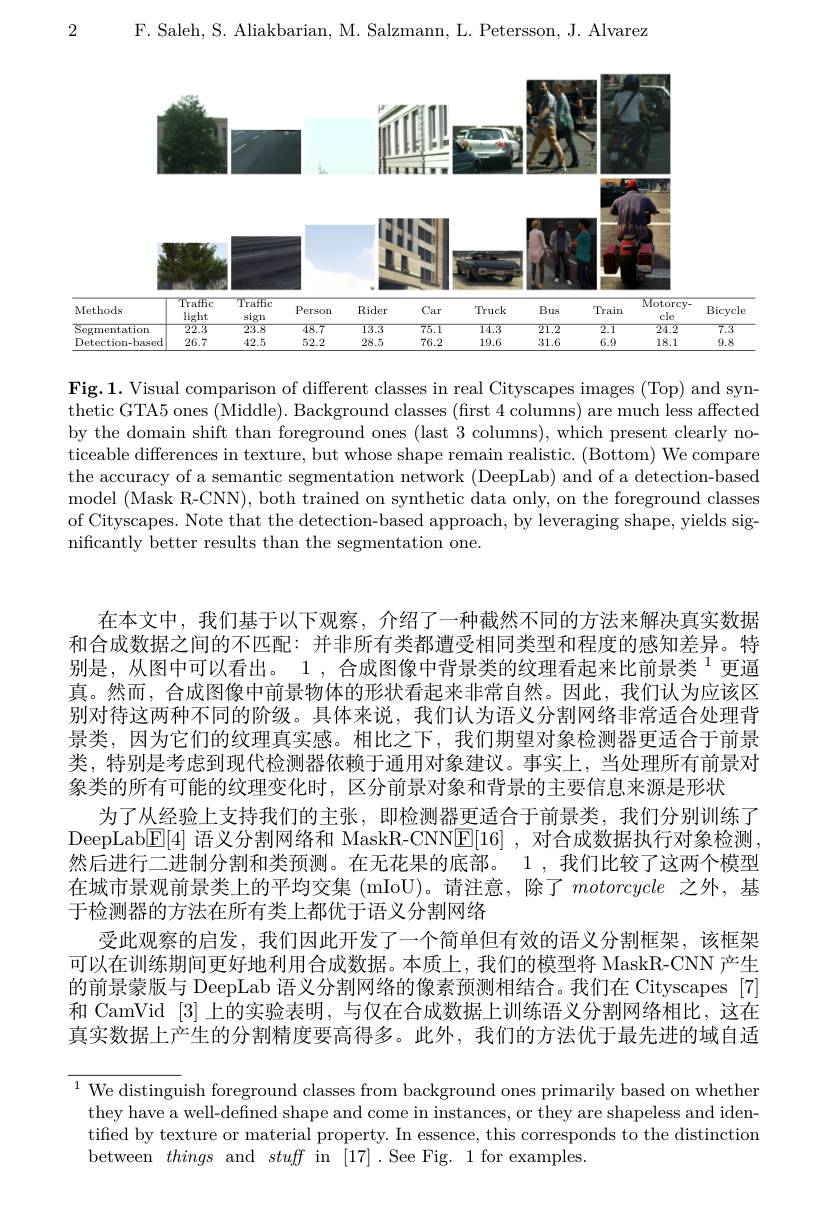
F. Saleh, S. Aliakbarian, M. Salzmann, L. Petersson, J. Alvarez

2

<FigureHere>
Segm
$\overline{7.3}$ 9.8

Fig.1. Visual comparison of different classes in real Cityscapes images (Top) and synthetic GTA5 ones (Middle). Background classes (first 4 columns) are much less affected by the domain shift than foreground ones (last 3 columns), which present clearly noticeable differences in texture, but whose shape remain realistic. (Bottom) We compare the accuracy of a semantic segmentation network (DeepLab) and of a detection-based model (Mask R-CNN), both trained on synthetic data only, on the foreground classes of Cityscapes. Note that the detection-based approach, by leveraging shape, yields significantly better results than the segmentation one.

在本文中，我们基于以下观察，介绍了一种截然不同的方法来解决真实数据和合成数据之间的不匹配：并非所有类都遭受相同类型和程度的感知差异。特别是，从图中可以看出。1 , 合成图像中背景类的纹理看起来比前景类$^{1}$更逼真。然而，合成图像中前景物体的形状看起来非常自然。因此，我们认为应该区别对待这两种不同的阶级。具体来说，我们认为语义分割网络非常适合处理背景类，因为它们的纹理真实感。相比之下，我们期望对象检测器更适合于前景类，特别是考虑到现代检测器依赖于通用对象建议。事实上，当处理所有前景对象类的所有可能的纹理变化时，区分前景对象和背景的主要信息来源是形状
为了从经验上支持我们的主张，即检测器更适合于前景类，我们分别训练了DeepLab$\boxed{\mathrm{F}[4]\text{ 语义分割网络和 MaskR-CNNE}[16]}$,对合成数据执行对象检测， 然后进行二进制分割和类预测。在无花果的底部。1 ,我们比较了这两个模型在城市景观前景类上的平均交集 (mIoU)。请注意，除了motorcycle 之外，基于检测器的方法在所有类上都优于语义分割网络
受此观察的启发，我们因此开发了一个简单但有效的语义分割框架，该框架可以在训练期间更好地利用合成数据。本质上，我们的模型将 MaskR-CNN 产生的前景蒙版与 DeepLab 语义分割网络的像素预测相结合。我们在 Cityscapes [7] 和 CamVid [3]上的实验表明，与仅在合成数据上训练语义分割网络相比，这在真实数据上产生的分割精度要高得多。此外，我们的方法优于最先进的域自适

$\overline{^1\text{We distingu}}$ish foreground classes from background ones primarily based on whether
they have a well-defined shape and come in instances, or they are shapeless and identified by texture or material property. In essence, this corresponds to the distinction between things and stuff in [17].See Fig. 1 for examples